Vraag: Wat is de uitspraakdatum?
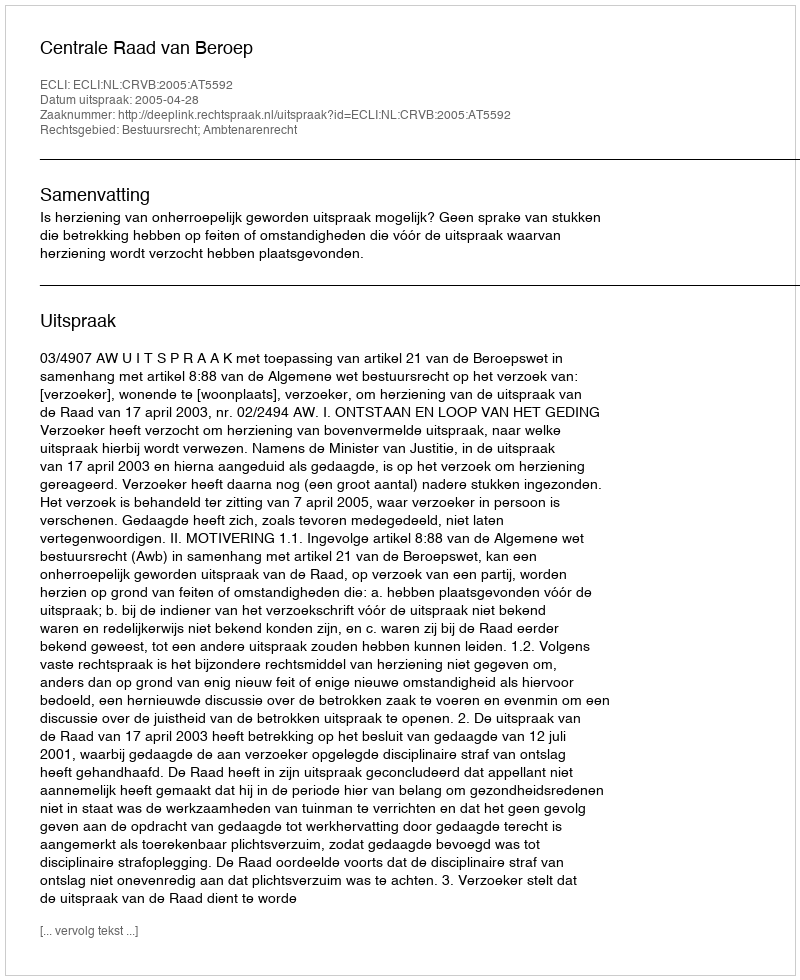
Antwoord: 2005-04-28